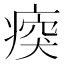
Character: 𤷿